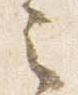
之